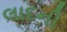
લાદની